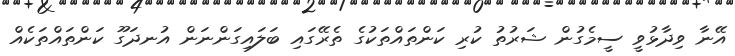
އޭނާ ވިދާޅުވީ ސީމެގުން ޝަރުތު ކުރި ކަންތައްތަކުގެ ތެރޭގައި ބަލައިގަންނަން އުނދަގޫ ކަންތައްތަކެއް